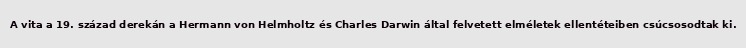
A vita a 19. század derekán a Hermann von Helmholtz és Charles Darwin által felvetett elméletek ellentéteiben csúcsosodtak ki.